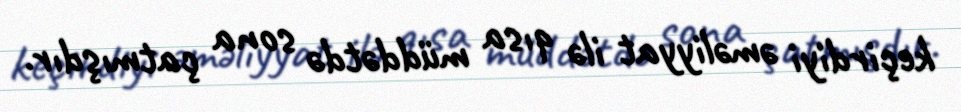
keçirdiyi əməliyyat ilə qısa müddətdə sona çatmışdır.